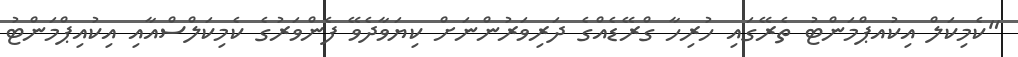
"ކެމިކަލް އިކުއޕްމަންޓު ތެރޭގައި ހުރިހާ ގްރޭޑެއްގެ ދަރިވަރުންނަށް ކިޔަވާދެވޭ ފެންވަރުގެ ކެމިކަލްސްއާއި އިކުއިޕްމަންޓު